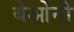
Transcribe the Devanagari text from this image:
बेओनी